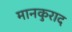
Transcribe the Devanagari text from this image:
मानकुराद